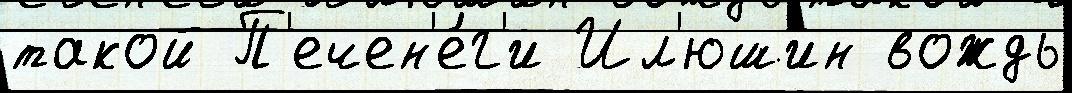
такой П'ечен'е́г'и Ил'юшин вождь